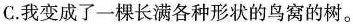
C.我变成了一棵长满各种形状的鸟窝的树。